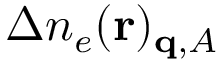
\Delta n _ { e } ( \mathbf { r } ) _ { \mathbf { q } , A }